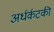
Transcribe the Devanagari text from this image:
अर्धर्कटकी